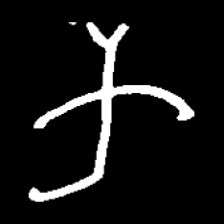
Pyu character \u2014 Myanmar letter: က (romanized: ka)